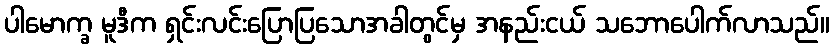
ပါမောက္ခ မူဒီက ရှင်းလင်းပြောပြသောအခါတွင်မှ အနည်းငယ် သဘောပေါက်လာသည်။